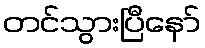
တင်သွားပြီနော်